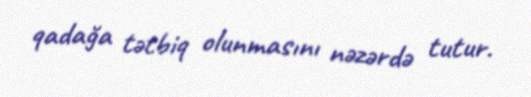
qadağa tətbiq olunmasını nəzərdə tutur.